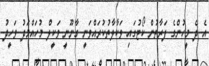
އެ ދެ މީހުންގެ ފަރާތުން ކޯޓުގައި ވަކާލާތުކުރައްވަނީ ގާނޫނީ ވަކީލް މުހައްމަދު ވަހީދު